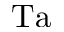
\mathrm { T a }